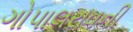
ગોપાલરાવની